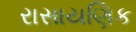
રાસાયણિક